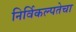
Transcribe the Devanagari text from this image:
निर्विकल्पतेचा